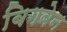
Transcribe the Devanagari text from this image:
बिगबेन